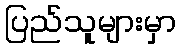
ပြည်သူများမှာ